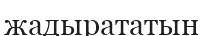
жадырататын